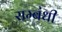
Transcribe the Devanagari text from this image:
सम्‍बंधी